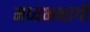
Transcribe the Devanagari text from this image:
मध्यभभागी